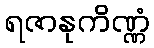
ရဇာနုကိဏ္ဏံ